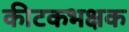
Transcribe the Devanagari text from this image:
कीटकभक्षक